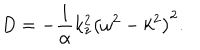
LaTeX: D = - { \frac { 1 } { \alpha } } k _ { z } ^ { 2 } \left( \omega ^ { 2 } - k ^ { 2 } \right) ^ { 2 } .